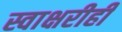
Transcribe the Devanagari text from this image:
स्वाक्षरीही